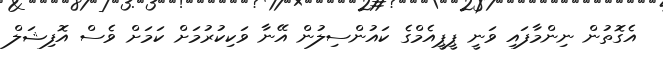
އެގޮތުން ނިންމާފައި ވަނީ ޕީޕީއެމްގެ ކައުންސިލުން އޭނާ ވަކިކުރުމަށް ކަމަށް ވެސް އޮފިޝަލް